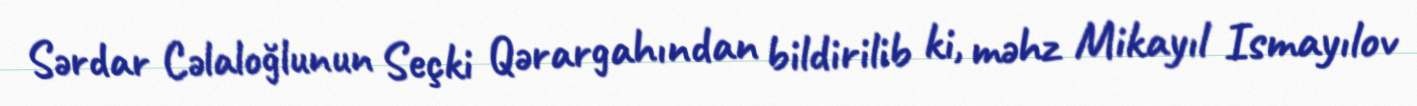
Sərdar Cəlaloğlunun Seçki Qərargahından bildirilib ki, məhz Mikayıl Ismayılov